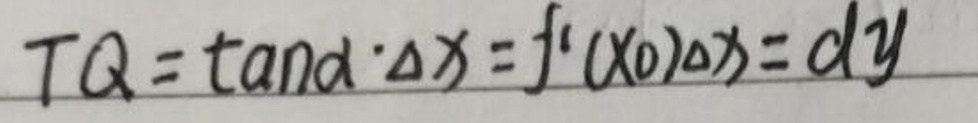
\[
TQ = \tan\alpha\cdot\Delta x = f^{\prime}(x_0)\Delta x = dy
\]